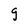
Character: g